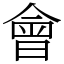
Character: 會